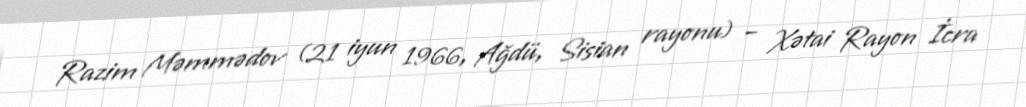
Razim Məmmədov (21 iyun 1966, Ağdü, Sisian rayonu) – Xətai Rayon İcra